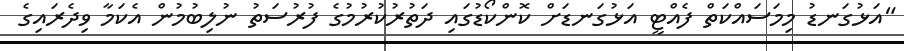
"އަޅުގަނޑު މިމަސައްކަތް ފެއްޓީ އަޅުގަނޑަށް ކޮންކޯޑުގައި ދަތުރުކުރުމުގެ ފުރުސަތު ނުލިބުމުން އެކަމާ ވިދެރައިގެ